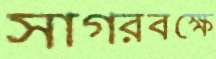
সাগরবক্ষে